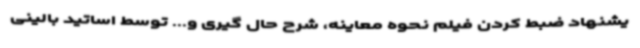
یشنهاد ضبط کردن فیلم نحوه معاینه، شرح حال گیری و... توسط اساتید بالینی